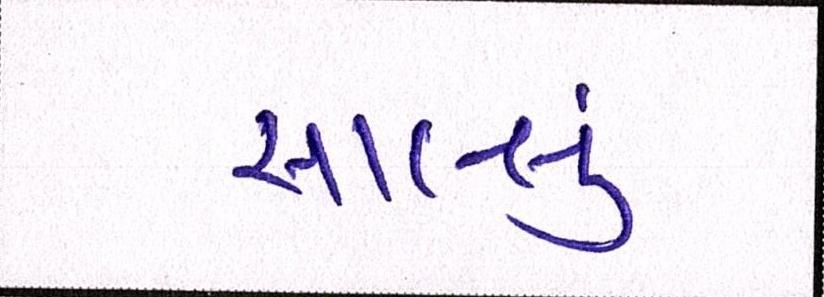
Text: સાલ્લું